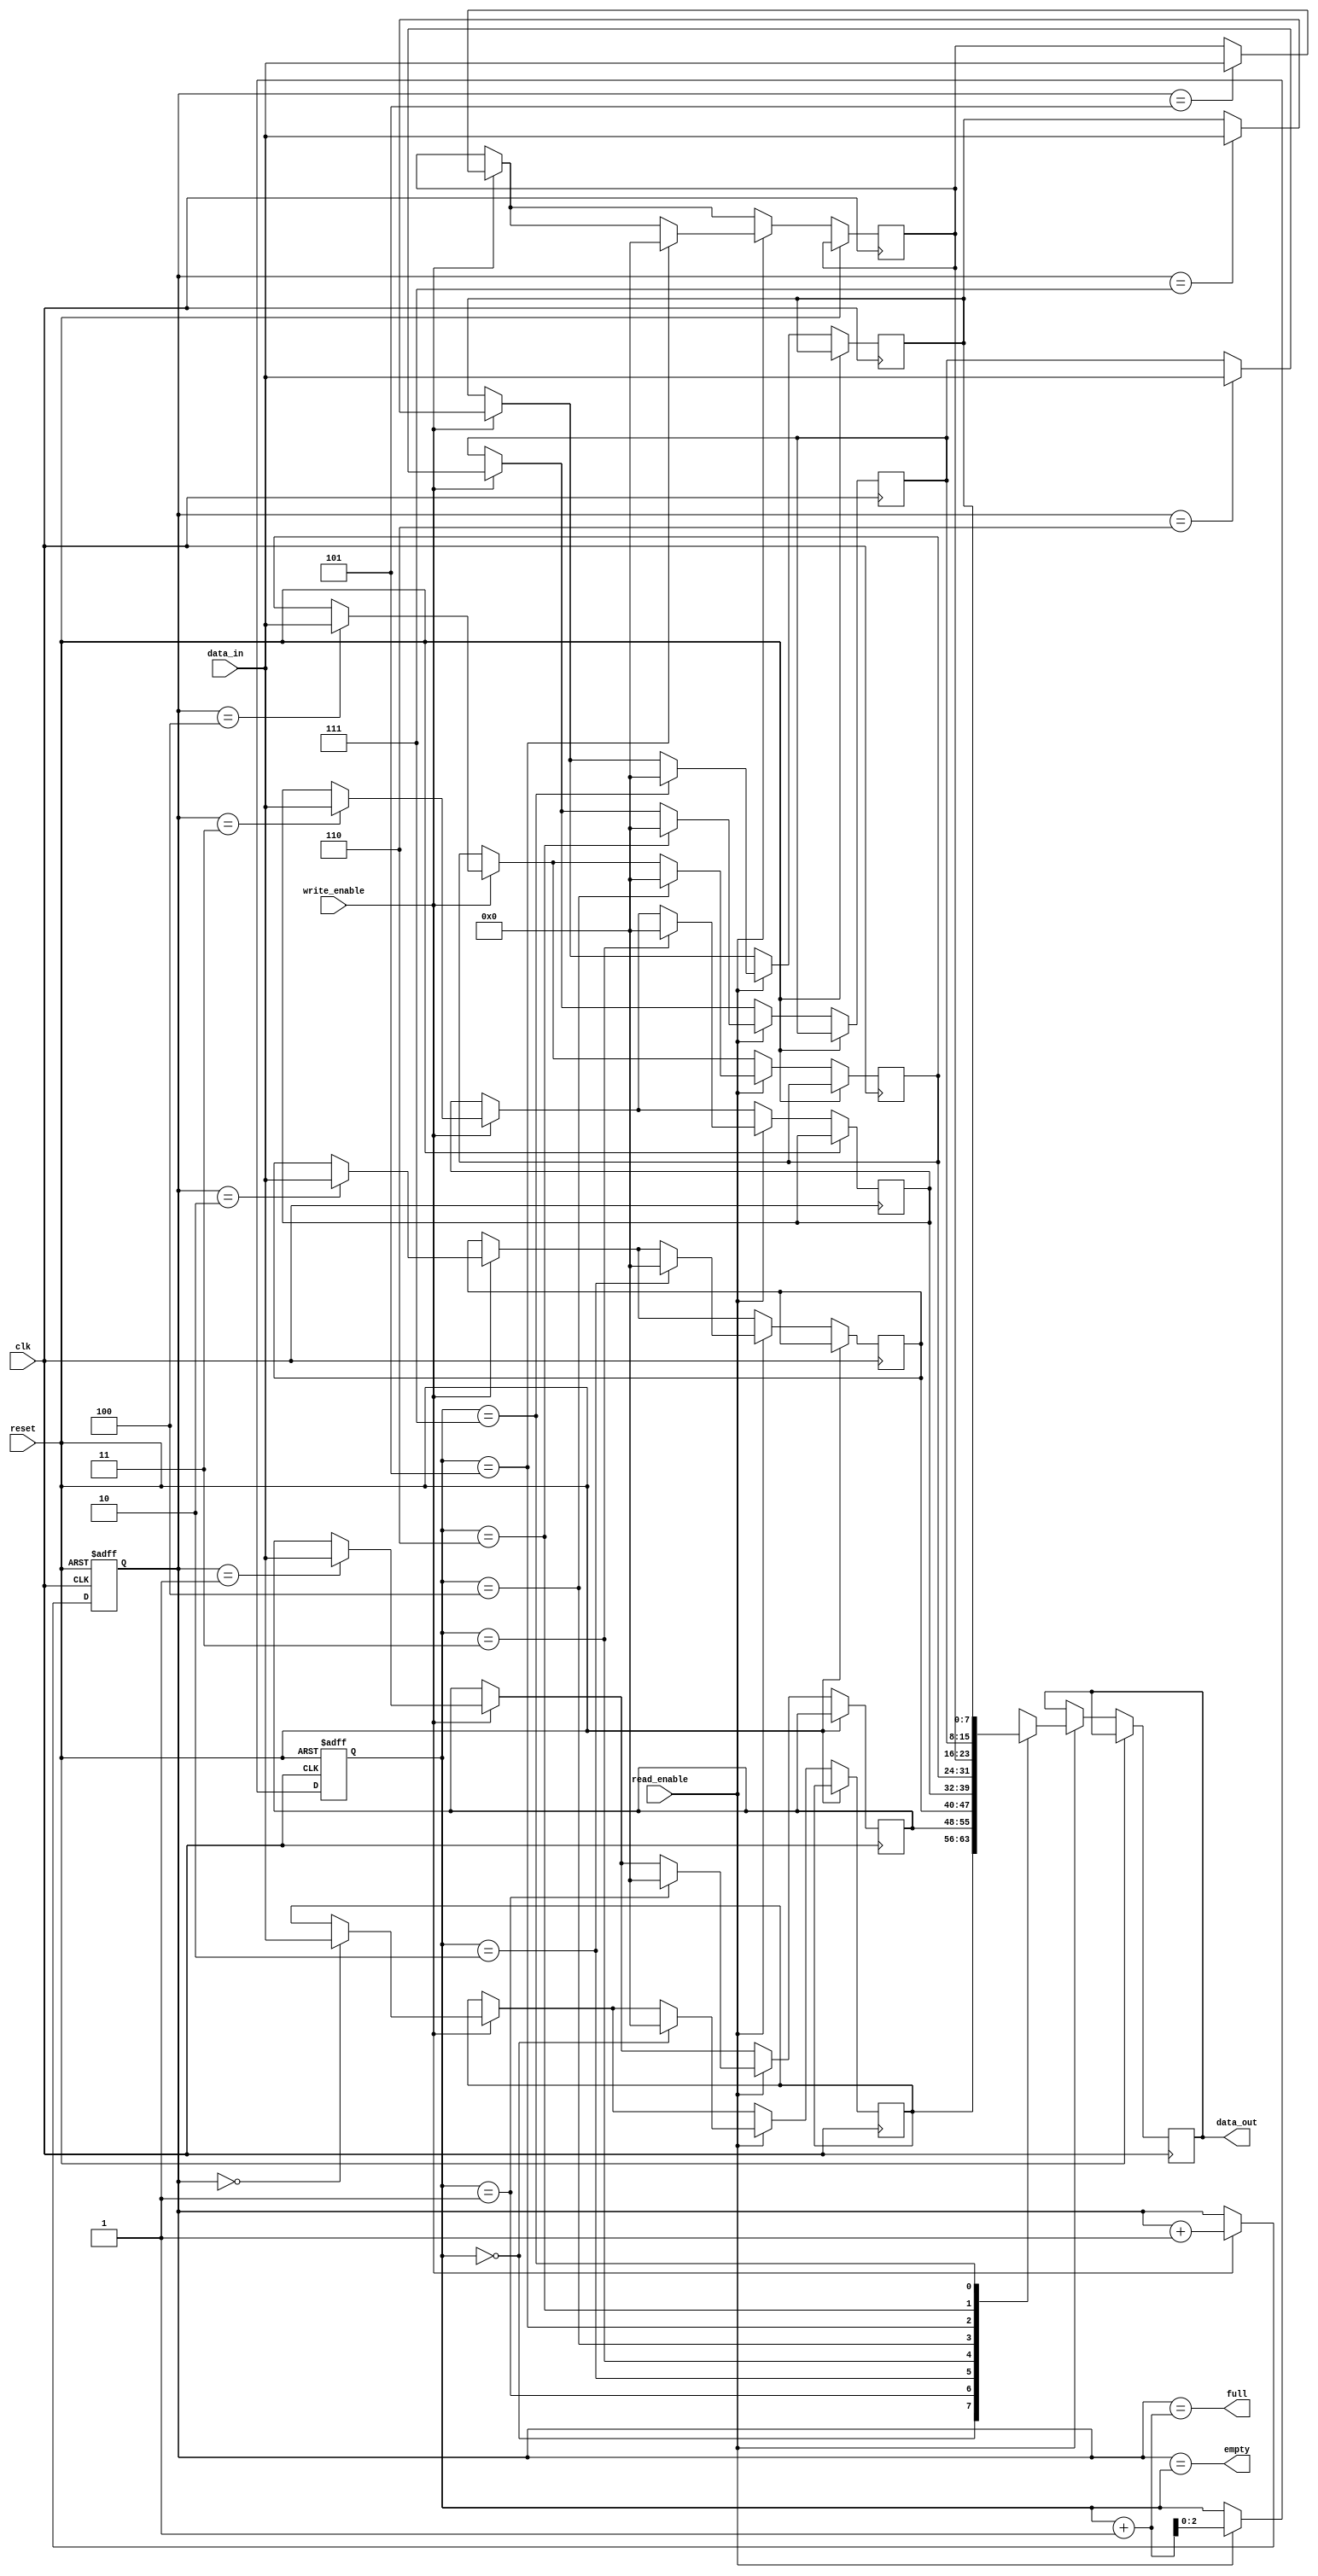
module synchronous_fifo (
    input wire clk,
    input wire reset,
    input wire write_enable,
    input wire read_enable,
    input wire [7:0] data_in,
    output wire [7:0] data_out,
    output wire full,
    output wire empty
);
 
reg [7:0] fifo [0:7];
reg [2:0] write_ptr;
reg [2:0] read_ptr;
 
always @(posedge clk or posedge reset) begin
    if (reset) begin
        write_ptr <= 3'b000;
        read_ptr <= 3'b000;
    end else begin
        if (write_enable) begin
            fifo[write_ptr] <= data_in;
            write_ptr <= write_ptr + 1;
        end
        if (read_enable) begin
            data_out <= fifo[read_ptr];
            fifo[read_ptr] <= 8'h00;
            read_ptr <= read_ptr + 1;
        end
    end
end
 
assign full = (write_ptr == read_ptr + 1);
assign empty = (write_ptr == read_ptr);
 
endmodule